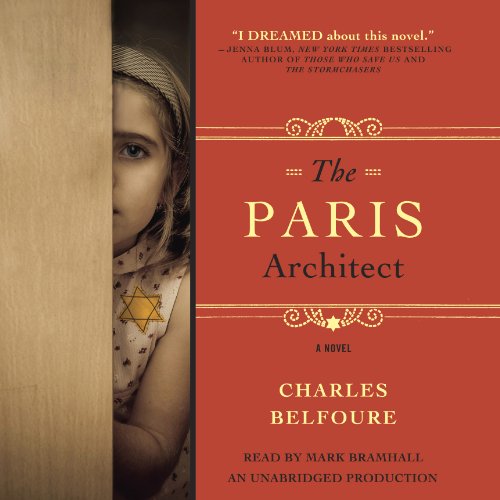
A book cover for The Paris Architect; Charles Belfoure; Literature & Fiction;